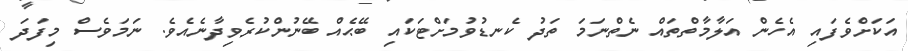
އަކަށްވެފައި އެހެން އަލާމާތްތައް ނެތްނަމަ ތަދު ކެނޑުވުމަށްޓަކައި ބޭޙެއް ބޭނުންކުރެވިދާނެއެވެ. ނަމަވެސް މިފަދަ